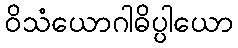
ဝိသံယောဂါဓိပ္ပါယော